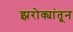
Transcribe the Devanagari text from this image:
झरोक्यांतून